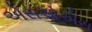
એસએએસ